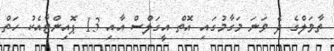
ތާވަލްގެ ދެ ވަނަ މަގާމުގައި އޮތް އީގަލްސް އާއި 13 ޕޮއިންޓާއެކު ހަތް